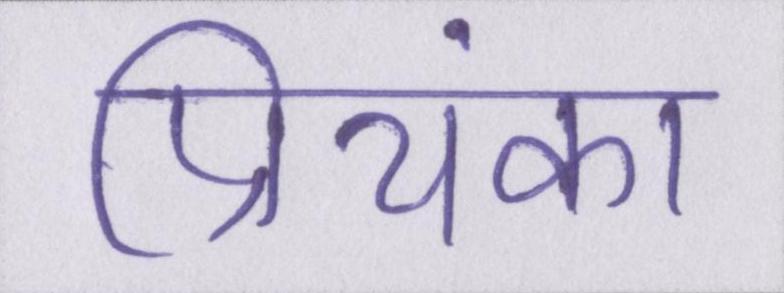
प्रियंका